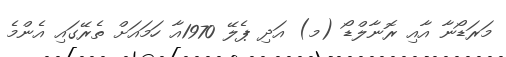
މަރަޑޯނާ އާއި ރޮނާލްޑޯ (މ) އަދި ޕެލޭ 1970އާ ހަމައަށް ތެރޭގައި އެންމެ